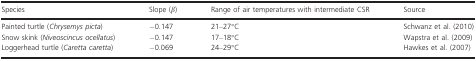
<table><thead><tr><td><b>Species</b></td><td><b>Slope (<i>β</i>)</b></td><td><b>Range of air temperatures with intermediate CSR</b></td><td><b>Source</b></td></tr></thead><tbody><tr><td>Painted turtle (<i>Chrysemys picta</i>)</td><td>−0.147</td><td>21–27°C</td><td>Schwanz et al. (2010)</td></tr><tr><td>Snow skink (<i>Niveoscincus ocellatus</i>)</td><td>−0.147</td><td>17–18°C</td><td>Wapstra et al. (2009)</td></tr><tr><td>Loggerhead turtle (<i>Caretta caretta</i>)</td><td>−0.069</td><td>24–29°C</td><td>Hawkes et al. (2007)</td></tr></tbody></table>